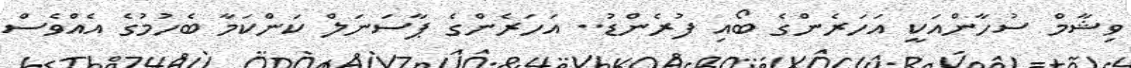
ވިޝާމް ސުހާންއަކީ އަހަރެންގެ ބޯއި ފުރެންޑު.. އަހަރެންގެ ޕާސަނަލް ކަންކަމާ ބެހުމުގެ އެއްވެސް